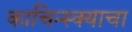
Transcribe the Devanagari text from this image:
काचिन्स्क्याचा